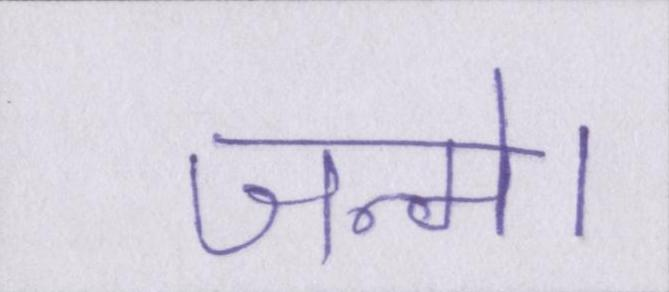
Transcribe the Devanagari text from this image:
जन्मे।